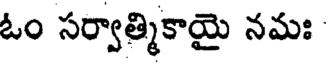
ఓం సర్వాత్మికాయై నమః